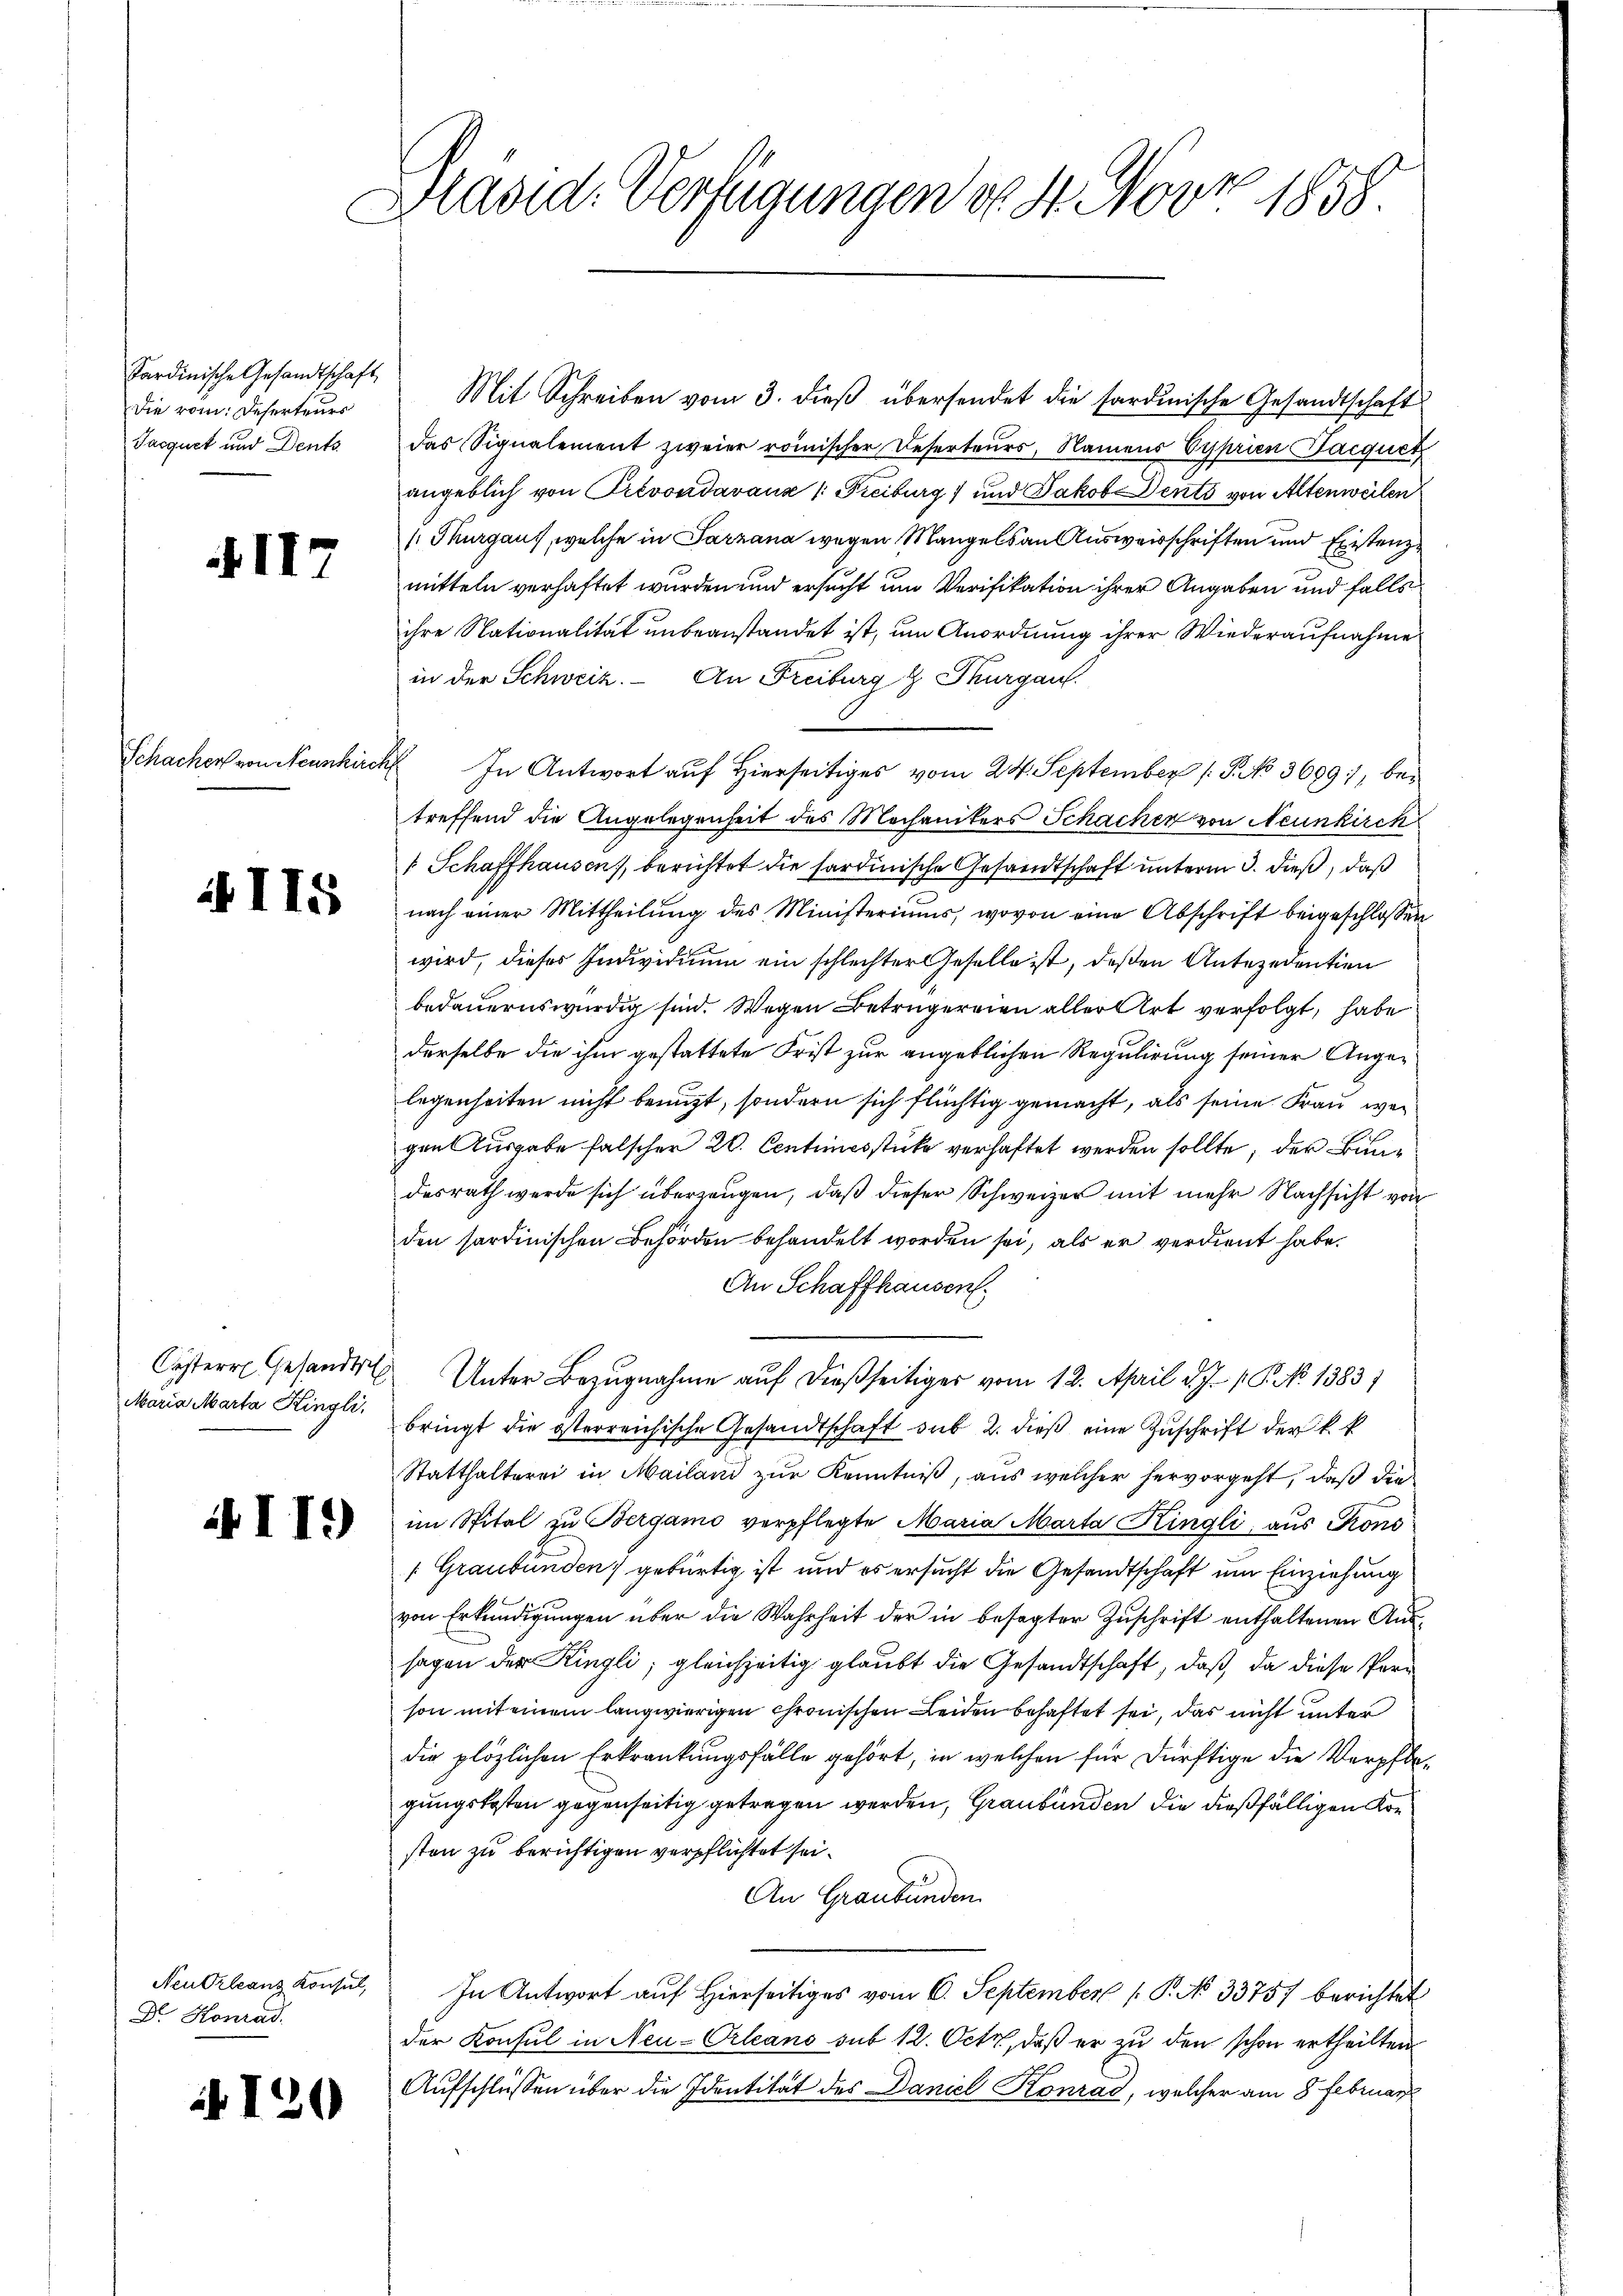
Sardinische Gesandtschaft,
Die rom. Deserteurs
Jacquet und Deuts

II7

4 115

Maria Marta Ringli,

Dr. Konrad

120

Präsid. Verfügungen d. 4. Nov. 1858.

Mit Schreiben vom 3. dieß übersendet die sardinische Gesandtschaft
das Signalement zweier römischer Reserteurs, Namens Syprien Facquet
angeblich von Prevondavaux /: Freiburg) und Jakob Dents von Altenweilen
(Thurgaus, welche in Tarzana wegen Mangels an Ausweisschriften und Existenz
mitteln verhaftet wurden und ersucht um Verifikation ihrer Angaben und falls
ihre Nationalität unbeanstandet ist, um Anordnung ihrer Wiederaufnahme
in der Schweiz. An Freiburg & Thurgau.
Schacher von Neunkirch In Antwort auf Hierseitiges vom 24. September 1 S. 3699, bei
treffend die Angelegenheit des Mechanikers Schachen von Neunkirch
1 Schaffhausen, berichtet die sardinische Gesandtschaft unterm 3. dieß, daß
nach einer Mittheilŭng des Ministeriums, wovon eine Abschrift beigeschlossen
wird, dieses Individium ein schlechter Geselle ist, deßen Antezedentien
bedauernswürdig sind. Wegen Betrugereien aller Art verfolgt, habe
derselbe die ihm gestattete Frist zur angeblichen Regulirung seiner Angelegenheiten nicht benuzt, sondern sich flüchtig gemacht, als seine Frau wen
gen Ausgabe falscher 20. Centiesstücke verhaftet werden sollte, der Bundesrath werde sich überzeugen, daß dieser Schweizer mit mehr Nachsicht von
den sardinischen Behörden behandelt worden sei, als er verdient habe.
An Schaffhausen.
Cöster Gesandts Unter Bezugnahme auf dießseitiger vom 12. April d. J. P. No 1383)
bringt die österreichische Gesandtschaft sub 2. dieβ eine Zuschrift der k. k.
Statthalterei in Mailand zur Kenntniß, aus welcher hervorgeht, daß die
a im Spital zu Bergamo verpflegte Maria Marta Kingli, aus Kons
[Graubünden) gebürtig ist und es ersucht die Gesandtschaft um Einziehung
von Erkundigungen über die Wahrheit der in besagter Zuschrift enthaltenen Aussagen der Kingli, gleichzeitig glaubt die Gesandtschaft, daß da diese Person mit einem langwierigen chronischen Leiden behaftet sei, das nicht unter
die plözlichen Erkrankungsfälle gehört, in welchen für Dürftige die Verpflegungskosten gegenseitig getragen werden, Graubünden die dießfälligen Konsten zu berichtigen verpflichtet sei.
An Graubünden
Neutrleanz Konsul, In Antwort auf Hierseitiges vom 6. September 1 P. No 33757 berichtet
der Konsul in Neu-Orleano sub 12. Octz, daß er zu den schon ertheilten
Aufschlüssen über die Identität des Daniel Konrad, welcher am 8. Februar